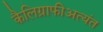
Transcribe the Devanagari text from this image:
कैलिग्राफीअत्यंत